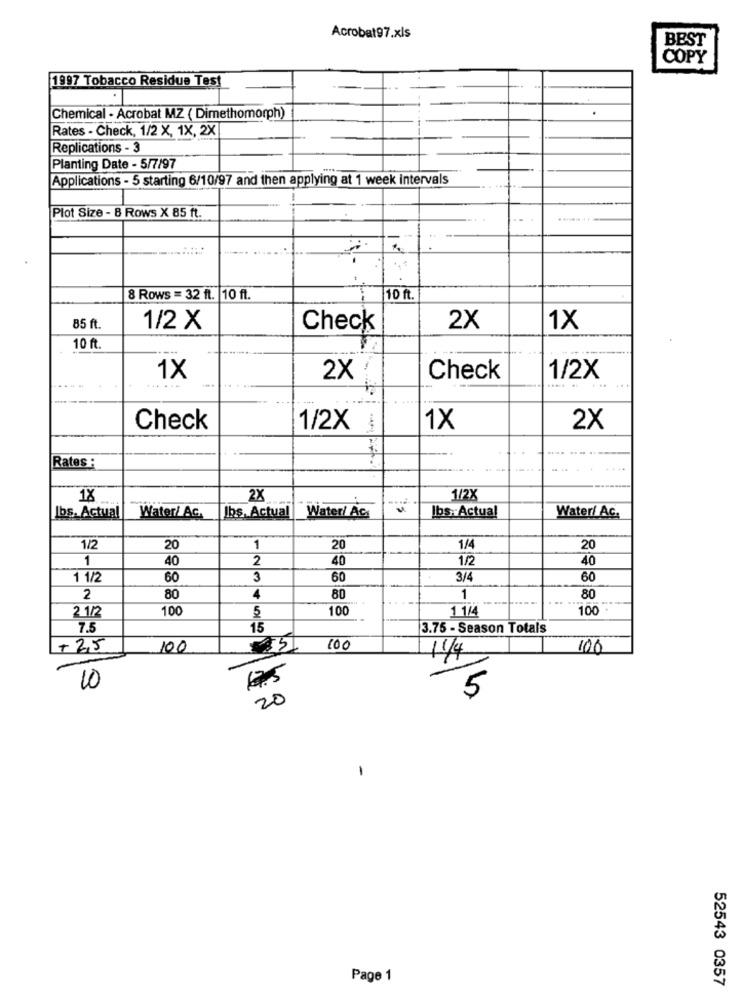
Acrobat97.xls
BEST
COPY
1997 Tobacco Residue Test
Chemical - Acrobat MZ ( Dimethomorph)
Rates - Check, 1/2 X, 1X, 2X
Replications - 3
Planting Date - 5/7/97
Applications - 5 starting 6/10/97 and then applying at 1 week intervals
Plot Size - B Rows X 85 ft.
8 Rows = 32 ft. 10 ft.
10 ft.
85 ft.
1/2 X
Check
2X
1X
10 ft.
1X
2X
Check
1/2X
... .
Check
1/2X
1X
2X
Rates :
1X
2X
1/2X
Water/ Ac
=
lbs. Actual
Water/ AG.
Jbs. Actual
lbs: Actual
Water/ Ac.
1/2
20
1
20
1/4
20
1
40
2
40
1/2
40
1 1/2
60
3
60
3/4
60
2
80
4
80
1
80
2 1/2
100
5
100
1 1/4
100
7.5
15
3.75 - Season Totals
+25
100
100
100
11/4
1
7.5
10
5
20
-
Page 1
52543 0357